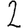
Digit: 2